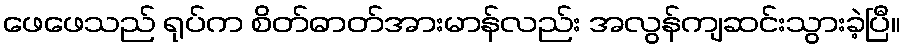
ဖေဖေသည် ရုပ်က စိတ်ဓာတ်အားမာန်လည်း အလွန်ကျဆင်းသွားခဲ့ပြီ။